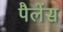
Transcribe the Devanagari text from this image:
पैलेंस